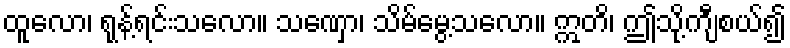
ထူလော၊ ရုန့်ရင်းသလော။ သဏှော၊ သိမ်မွေ့သလော။ ဣတိ၊ ဤသို့ကျီစယ်၍